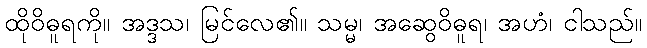
ထိုဝိဓူရကို။ အဒ္ဒသ၊ မြင်လေ၏။ သမ္မ၊ အဆွေဝိဓူရ၊ အဟံ၊ ငါသည်။